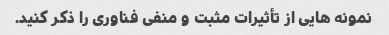
نمونه هایی از تأثیرات مثبت و منفی فناوری را ذکر کنید.